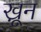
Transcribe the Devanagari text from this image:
खू़न